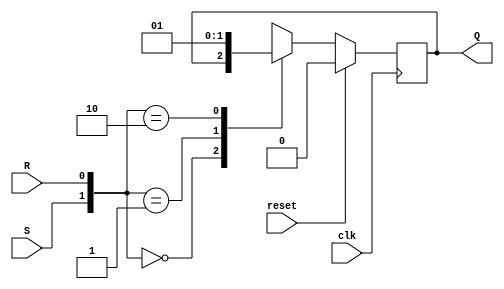
// This program was cloned from: https://github.com/ekb0412/100DaysofRTL
// License: Apache License 2.0

`timescale 1ns / 1ps

module SR_flipflop(
    input clk,reset,S,R, 
    output reg Q);
    
    always@(posedge clk)
          begin
            if(reset)
            Q <= 1'b0;
            else
                begin
                case({S,R})
                2'b00:Q<=Q;
                2'b01:Q<=1'b0;
                2'b10:Q<=1'b1;
                default: Q<= 2'bxx;
                endcase
                end          
         end

endmodule